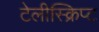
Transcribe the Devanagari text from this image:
टेलीस्क्रिप्ट